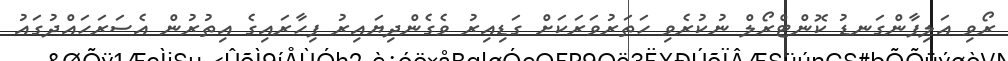
ރޯވި އަލިފާންގަނޑު ކޮންޓްރޯލް ނުކުރެވި ހަތަރުވަރަކަށް ގަޑިއިރު ވެގެންދިޔައިރު ފިހާރައިގެ އިތުރުން އެސަރަހައްދުގައު